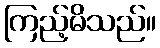
ကြည့်မိသည်။